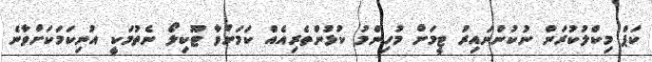
ކަޕް މިކްލުކުރަން ނުކުންނައިރު ޓީމަށް މުހިންމު ކުޅުންތެރިއެއް ކަމަށްވާ ޓޫކިލޯ ނެތުމަކީ އުނިކަމަކަށްވާނެ